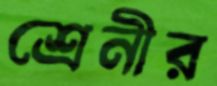
শ্রেনীর